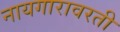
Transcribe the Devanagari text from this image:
नायगारावरती